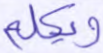
ويكلم